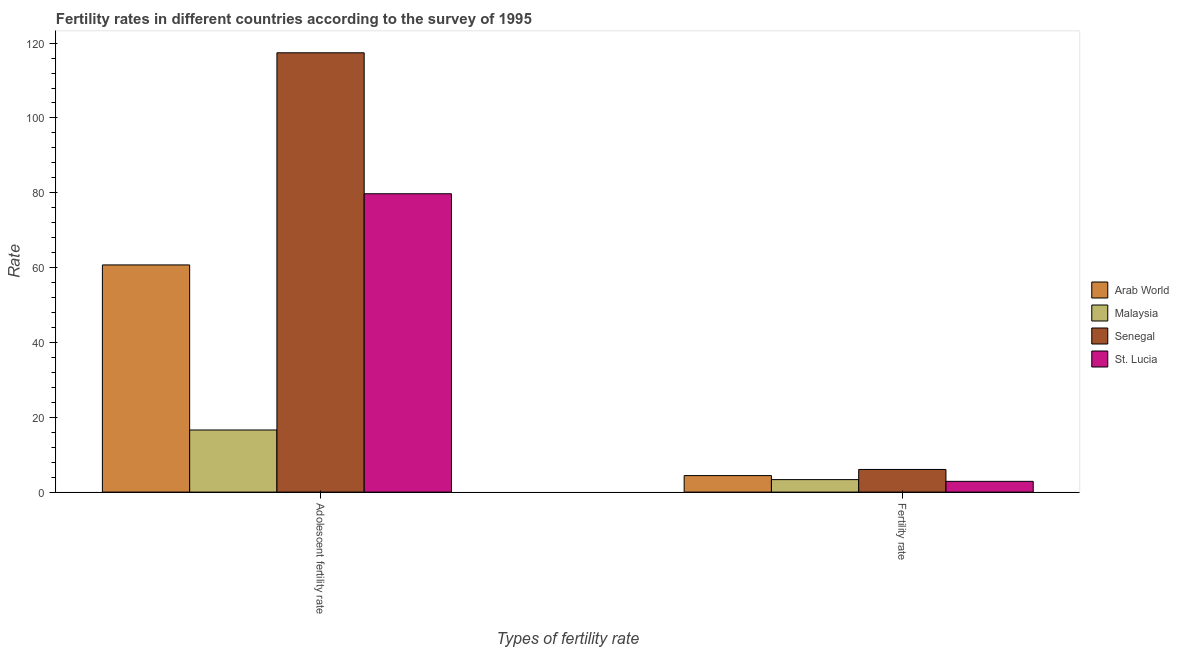
| Types of fertility rate | Arab World | Malaysia | Senegal | St. Lucia |
 | --- | --- | --- | --- | --- |
 | Adolescent fertility rate | 60.7 | 16.6 | 117 | 79.7 |
 | Fertility rate | 4.41 | 3.34 | 6.05 | 2.87 |